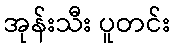
အုန်းသီး ပူတင်း